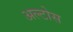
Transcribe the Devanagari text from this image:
अल्टोस